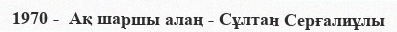
1970 -  Ақ шаршы алаң - Сұлтан Серғалиұлы